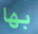
بها